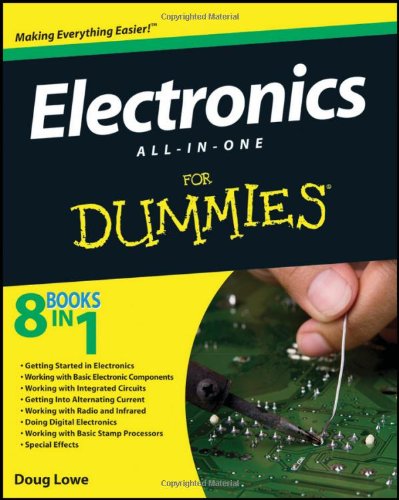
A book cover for Electronics All-in-One For Dummies; Doug Lowe; Engineering & Transportation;